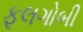
ફૂલગોબી